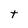
Character: t